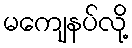
မကျေနပ်လို့